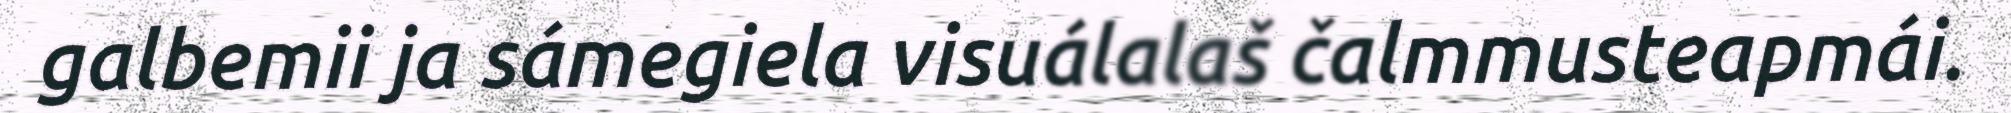
galbemii ja sámegiela visuálalaš čalmmusteapmái.